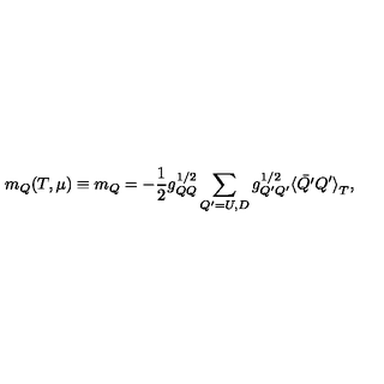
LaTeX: m _ { Q } ( T , \mu ) \equiv m _ { Q } = - \frac { 1 } { 2 } g _ { Q Q } ^ { 1 / 2 } \sum _ { Q ^ { \prime } = U , D } g _ { Q ^ { \prime } Q ^ { \prime } } ^ { 1 / 2 } { \langle \bar { Q ^ { \prime } } Q ^ { \prime } \rangle } _ { T } ,